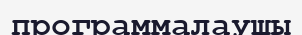
программалаушы